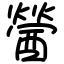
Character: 醟